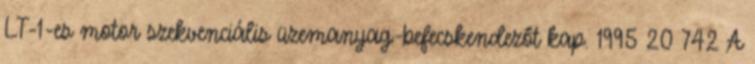
LT-1-es motor szekvenciális üzemanyag-befecskendezőt kap. 1995 20 742 A